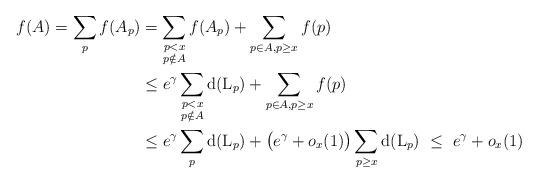
LaTeX: \begin{align*}f(A) = \sum_p f(A_p) & = \sum_{\substack{p< x\\p\notin A}} f(A_p) + \sum_{p\in A, p\ge x}f(p)\\& \le e^\gamma\sum_{\substack{p< x\\p\notin A}} {\rm d}({\rm L}_p) + \sum_{p\in A, p\ge x}f(p)\\& \le e^\gamma\sum_{p} {\rm d}({\rm L}_p) + \big(e^\gamma+o_x(1)\big)\sum_{p\ge x}{\rm d}({\rm L}_p) \ \le \ e^\gamma+o_x(1)\end{align*}